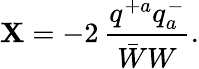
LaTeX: \mathbf{X}=-2\, \frac{{q^{+a}q_{a}^{-}}}{{\bar{{W}}W}}.